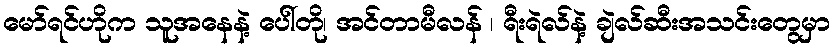
မော်ရင်ဟိုက သူအနေနဲ့ ပေါ်တို၊ အင်တာမီလန် ၊ ရီးရဲလ်နဲ့ ချဲလ်ဆီးအသင်းတွေမှာ